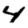
Digit: 4